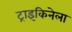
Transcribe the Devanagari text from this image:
ट्राइकिनेला